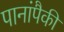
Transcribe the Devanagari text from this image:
पानांपैकी